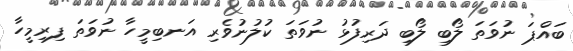
ބައްޕަ ނުވަތަ ލޯބި ލޯބި ދަރިފުޅު ނުވަތަ ކުލުނުވެރި އަނބިމީހާ ނުވަތަ ފިރިމީހާ